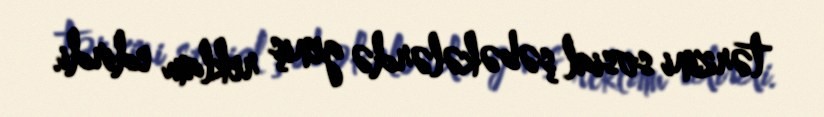
tərzini sosial şəbəkələrdə geniş reklam edirdi.